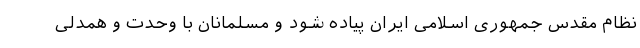
نظام مقدس جمهوری اسلامی ایران پیاده شود و مسلمانان با وحدت و همدلی